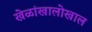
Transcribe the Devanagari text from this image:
खेळांखालोखाल